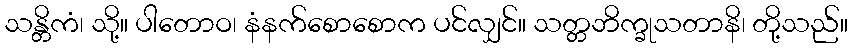
သန္တိကံ၊ သို့။ ပါတောဝ၊ နံနက်စောစောက ပင်လျှင်။ သတ္တဘိက္ခုသတာနိ၊ တို့သည်။